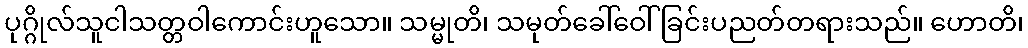
ပုဂ္ဂိုလ်သူငါသတ္တဝါကောင်းဟူသော။ သမ္မုတိ၊ သမုတ်ခေါ်ဝေါ်ခြင်းပညတ်တရားသည်။ ဟောတိ၊